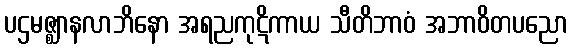
ပဌမဇ္ဈာနလာဘိနော အရညကုဋိကာယ သီတိဘာဝံ အဘာဝိတပညော